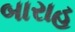
બારાહ